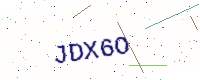
Text: JDX6O